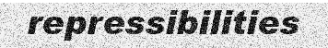
repressibilities